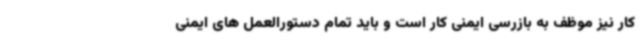
کار نیز موظف به بازرسی ایمنی کار است و باید تمام دستورالعمل های ایمنی